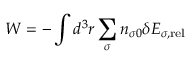
W = - \int d ^ { 3 } r \sum _ { \sigma } n _ { \sigma 0 } \delta { \cal E } _ { \sigma , \mathrm { r e l } }